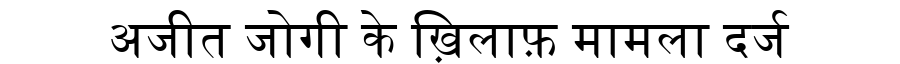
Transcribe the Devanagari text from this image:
अजीत जोगी के ख़िलाफ़ मामला दर्ज